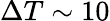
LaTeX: \Delta T\sim 10